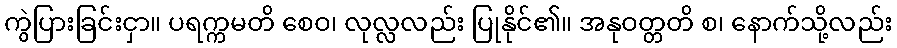
ကွဲပြားခြင်းငှာ။ ပရက္ကမတိ စေဝ၊ လုလ္လလည်း ပြုနိုင်၏။ အနုဝတ္တတိ စ၊ နောက်သို့လည်း